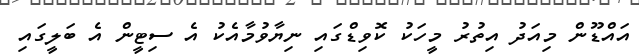
އައްޑޫން މިއަދު އިތުރު މީހަކު ކޮވިޑްގައި ނިޔާވުމާއެކު އެ ސިޓީން އެ ބަލީގައި